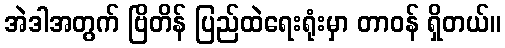
အဲဒါအတွက် ဗြိတိန် ပြည်ထဲရေးရုံးမှာ တာဝန် ရှိတယ်။